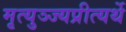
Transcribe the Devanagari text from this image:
मृत्युञ्ज्यप्रीत्यर्थे